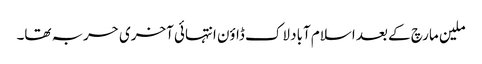
ملین مارچ کے بعد اسلام آباد لاک ڈاؤن انتہائی آخری حربہ تھا۔